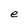
Character: e